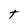
Character: t